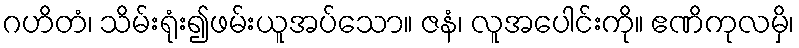
ဂဟိတံ၊ သိမ်းရုံး၍ဖမ်းယူအပ်သော။ ဇနံ၊ လူအပေါင်းကို။ ဧဏိကုလမှိ၊